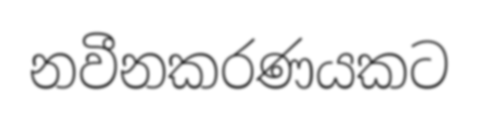
නවීනකරණයකට